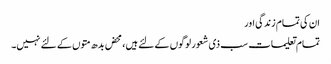
ان کی تمام زندگی اور
تمام تعلیمات سب ذی شعور لوگوں کے لئے ہیں، محض بدھ متوں کے لئے نہیں۔